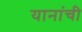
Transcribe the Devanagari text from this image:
यानांची